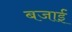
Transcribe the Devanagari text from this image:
बजाईं